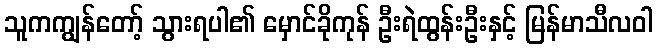
သူကကျွန်တော့် သွားရပါ၏ မှောင်ခိုကုန် ဦးရဲထွန်းဦးနှင့် မြန်မာသီလဝါ